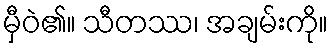
မှီဝဲ၏။ သီတဿ၊ အချမ်းကို။